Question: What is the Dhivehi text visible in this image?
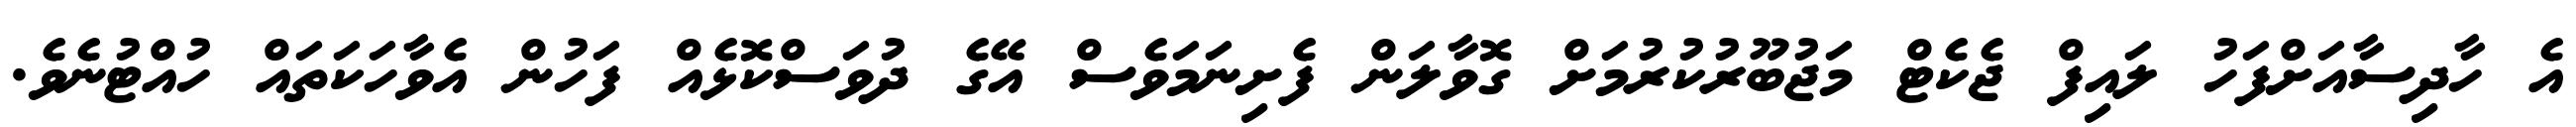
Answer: އެ ހާދިސާއަށްފަހު ލައިފް ޖެކެޓް މަޖުބޫރުކުރުމަށް ގޮވާލަން ފެށިނަމަވެސް އޭގެ ދުވަސްކޮޅެއް ފަހުން އެވާހަކަތައް ހުއްޓުނެވެ.